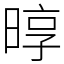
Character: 㬀